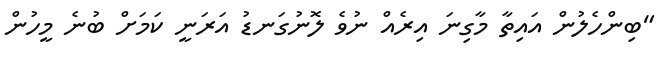
"ބިންހެލުން އައިތާ މާގިނަ އިރެއް ނުވެ ލޮނުގަނޑު އަރަނީ ކަމަށް ބުނެ މީހުން